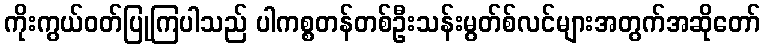
ကိုးကွယ်ဝတ်ပြုကြပါသည် ပါကစ္စတန်တစ်ဦးသန်းမွတ်စ်လင်များအတွက်အဆိုတော်